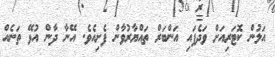
އަލުން ކޮޓަރިއަށް ވަދެފައި އަންބަރް ތައްޔާރުވާން ފެށިއެވެ. އޭނާ ދާން އުޅޭ ތަނެއް